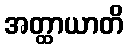
အတ္ထာယာတိ